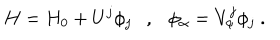
H = H _ { 0 } + U ^ { j } \phi _ { j } \ \ \ , \ \ \ \phi _ { \alpha } = V _ { \alpha } ^ { j } \phi _ { j } \ .